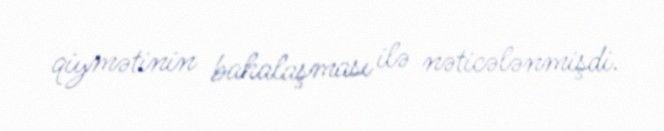
qiymətinin bahalaşması ilə nəticələnmişdi.